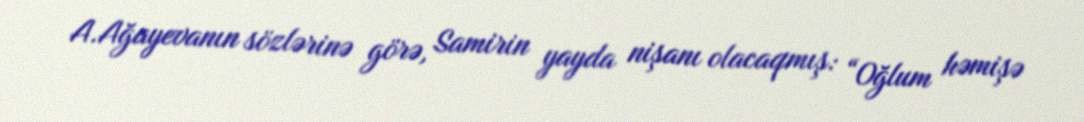
A.Ağayevanın sözlərinə görə, Samirin yayda nişanı olacaqmış: “Oğlum həmişə